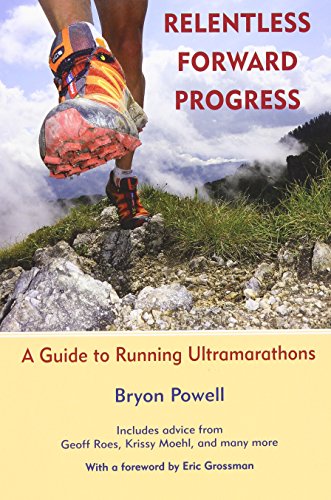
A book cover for Relentless Forward Progress: A Guide to Running Ultramarathons; Bryon Powell; Health, Fitness & Dieting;